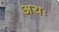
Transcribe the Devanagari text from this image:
अयः